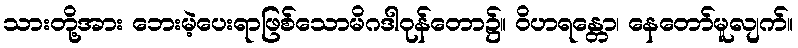
သားတို့အား ဘေးမဲ့ပေးရာဖြစ်သောမိဂဒါဝုန်တော၌။ ဝိဟရန္တော၊ နေတော်မူလျက်။